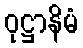
ဝုဋ္ဌာနိမံ